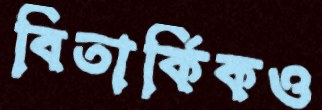
বিতার্কিকও